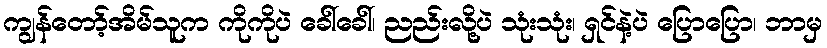
ကျွန်တော့်အိမ်သူက ကိုကိုပဲ ခေါ်ခေါ်၊ ညည်းလို့ပဲ သုံးသုံး၊ ရှင်နဲ့ပဲ ပြောပြော၊ ဘာမှ